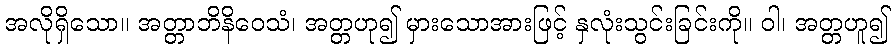
အလိုရှိသော။ အတ္တာဘိနိဝေသံ၊ အတ္တဟု၍ မှားသောအားဖြင့် နှလုံးသွင်းခြင်းကို။ ဝါ၊ အတ္တဟူ၍